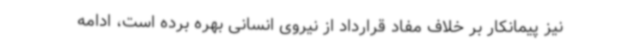
نیز پیمانکار بر خلاف مفاد قرارداد از نیروی انسانی بهره برده است، ادامه